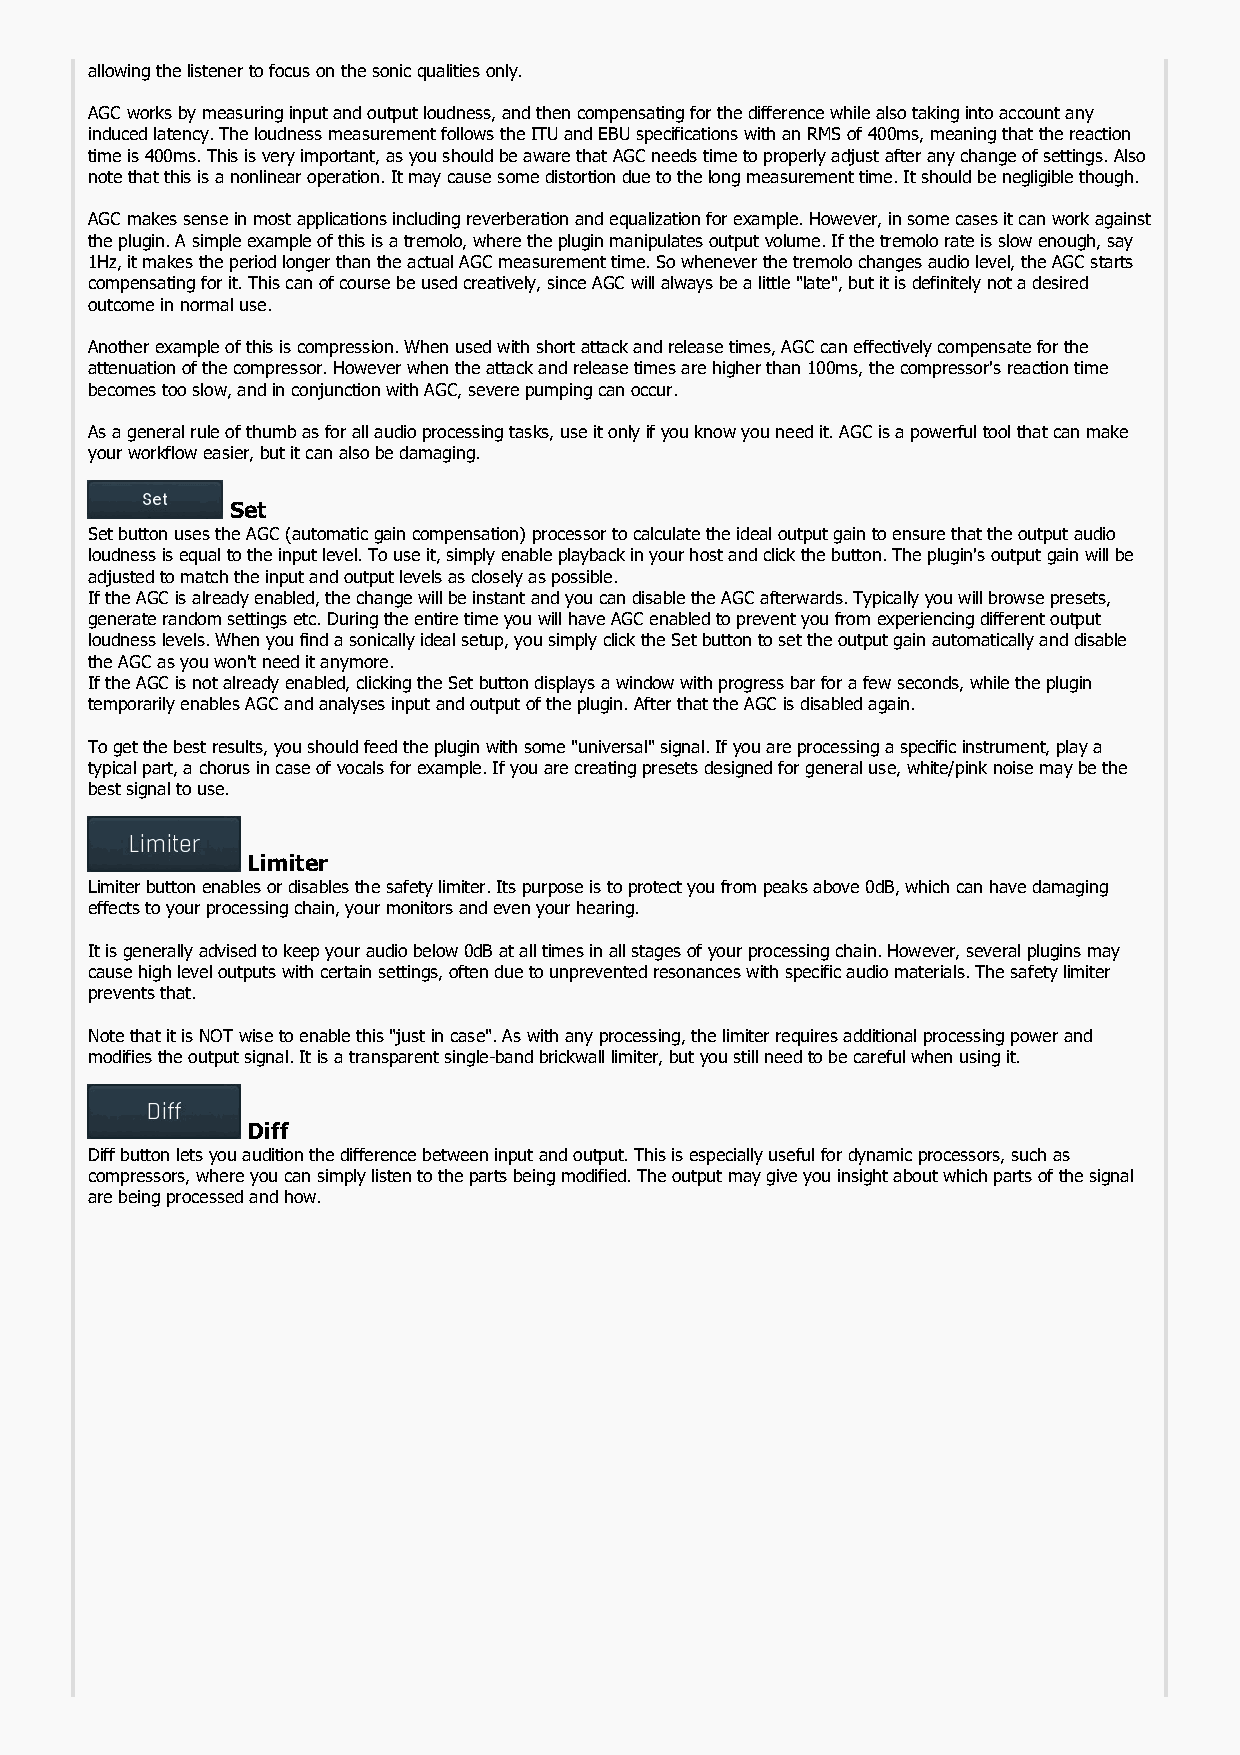
allowing the listener to focus on the sonic qualities only.
 AGC works by measuring input and output loudness, and then compensating for the difference while also taking into account any
 induced latency. The loudness measurement follows the ITU and EBU specifications with an RMS of 400ms, meaning that the reaction
 time is 400ms. This is very important, as you should be aware that AGC needs time to properly adjust after any change of settings. Also
 note that this is a nonlinear operation. It may cause some distortion due to the long measurement time. It should be negligible though.
 AGC makes sense in most applications including reverberation and equalization for example. However, in some cases it can work against
 the plugin. A simple example of this is a tremolo, where the plugin manipulates output volume. If the tremolo rate is slow enough, say
 1Hz, it makes the period longer than the actual AGC measurement time. So whenever the tremolo changes audio level, the AGC starts
 compensating for it. This can of course be used creatively, since AGC will always be a little "late", but it is definitely not a desired
 outcome in normal use.
 Another example of this is compression. When used with short attack and release times, AGC can effectively compensate for the
 attenuation of the compressor. However when the attack and release times are higher than 100ms, the compressor's reaction time
 becomes too slow, and in conjunction with AGC, severe pumping can occur.
 As a general rule of thumb as for all audio processing tasks, use it only if you know you need it. AGC is a powerful tool that can make
 your workflow easier, but it can also be damaging.
 Set
 Set button uses the AGC (automatic gain compensation) processor to calculate the ideal output gain to ensure that the output audio
 loudness is equal to the input level. To use it, simply enable playback in your host and click the button. The plugin's output gain will be
 adjusted to match the input and output levels as closely as possible.
 If the AGC is already enabled, the change will be instant and you can disable the AGC afterwards. Typically you will browse presets,
 generate random settings etc. During the entire time you will have AGC enabled to prevent you from experiencing different output
 loudness levels. When you find a sonically ideal setup, you simply click the Set button to set the output gain automatically and disable
 the AGC as you won't need it anymore.
 If the AGC is not already enabled, clicking the Set button displays a window with progress bar for a few seconds, while the plugin
 temporarily enables AGC and analyses input and output of the plugin. After that the AGC is disabled again.
 To get the best results, you should feed the plugin with some "universal" signal. If you are processing a specific instrument, play a
 typical part, a chorus in case of vocals for example. If you are creating presets designed for general use, white/pink noise may be the
 best signal to use.
 Limiter
 Limiter button enables or disables the safety limiter. Its purpose is to protect you from peaks above 0dB, which can have damaging
 effects to your processing chain, your monitors and even your hearing.
 It is generally advised to keep your audio below 0dB at all times in all stages of your processing chain. However, several plugins may
 cause high level outputs with certain settings, often due to unprevented resonances with specific audio materials. The safety limiter
 prevents that.
 Note that it is NOT wise to enable this "just in case". As with any processing, the limiter requires additional processing power and
 modifies the output signal. It is a transparent single-band brickwall limiter, but you still need to be careful when using it.
 Diff
 Diff button lets you audition the difference between input and output. This is especially useful for dynamic processors, such as
 compressors, where you can simply listen to the parts being modified. The output may give you insight about which parts of the signal
 are being processed and how.